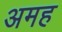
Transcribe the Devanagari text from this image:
अमह